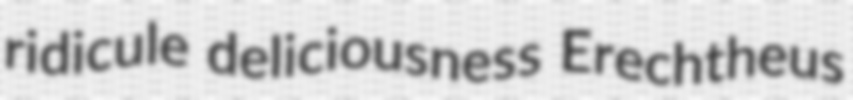
ridicule deliciousness Erechtheus